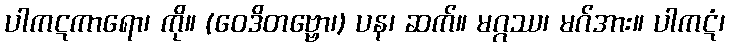
ပါကဋကာရော၊ ကို။ (ဝေဒိတဗ္ဗော၊) ပန၊ ဆက်။ မဂ္ဂဿ၊ မဂ်အား။ ပါကဋံ၊